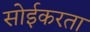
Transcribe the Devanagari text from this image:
सोईकरता